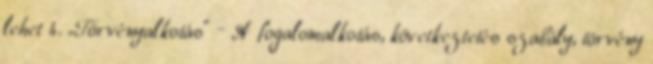
lehet 4. „Törvényalkotás” – A fogalomalkotás, következtetés szabály, törvény